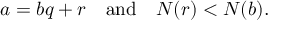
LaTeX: a = b q + r \quad { \mathrm { a n d } } \quad N ( r ) < N ( b ) .